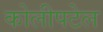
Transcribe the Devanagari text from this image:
कोलीपटेल